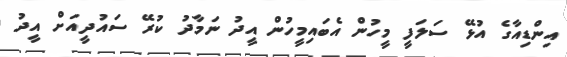
އިންޑިއާގެ އުޅޭ ސަލަފީ މީހުން އެބައިމީހުން އީދު ނަމާދު ކުރޭ ސައުދީއަށް އީދު